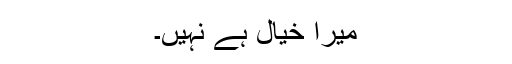
میرا خیال ہے نہیں۔